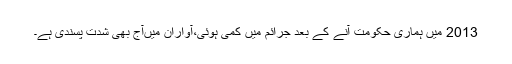
2013 میں ہماری حکومت آنے کے بعد جرائم میں کمی ہوئی،آواران میںآج بھی شدت پسندی ہے۔